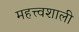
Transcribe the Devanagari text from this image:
महत्त्वशाली